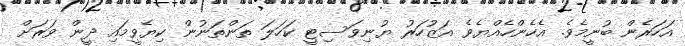
އަހަރެން ބުނީމެވެ. އެހެންހެއްޔެވެ އަޒުހަރު ޔުނިވަސިޓީ ކަހަލަ ތަންތަނުން ކިޔެވީމައި ދީން ވަރަށް